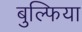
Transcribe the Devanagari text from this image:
बुल्फिया